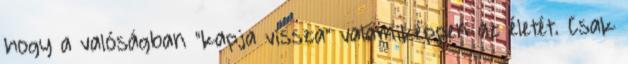
hogy a valóságban “kapja vissza” valamiképpen az életét. Csak